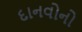
દાનવોનો